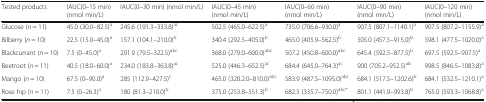
<table><thead><tr><td><b>Tested products</b></td><td><b>IAUC(0–15 min) (nmol min/L)</b></td><td><b>IAUC(0–30 min) (nmol min/L)</b></td><td><b>IAUC(0–45 min) (nmol min/L)</b></td><td><b>IAUC(0–60 min) (nmol min/L)</b></td><td><b>IAUC(0–90 min) (nmol min/L)</b></td><td><b>IAUC(0–120 min) (nmol min/L)</b></td></tr></thead><tbody><tr><td>Glucose (<i>n</i> = 11)</td><td>45.0 (30.0–82.5)<sup>a</sup></td><td>245.6 (191.3–333.8)<sup>ac</sup></td><td>502.5 (465.0–622.5)<sup>a</sup></td><td>735.0 (706.6–930.0)<sup>a</sup></td><td>907.5 (807.1–1140.1)<sup>a</sup></td><td>907.5 (807.2–1155.9)<sup>a</sup></td></tr><tr><td>Bilberry (<i>n</i> = 10)</td><td>22.5 (15.0–45.0)<sup>a</sup></td><td>157.1 (104.1–210.0)<sup>b</sup></td><td>340.4 (292.5–405.0)<sup>b</sup></td><td>465.0 (405.9–562.5)<sup>b</sup></td><td>505.0 (457.5–915.0)<sup>b</sup></td><td>598.1 (477.5–1020.0)<sup>a</sup></td></tr><tr><td>Blackcurrant (<i>n</i> = 10)</td><td>7.5 (0–45.0)<sup>a</sup></td><td>201.9 (79.5–322.5)<sup>abc</sup></td><td>368.0 (279.0–600.0)<sup>abc</sup></td><td>507.2 (450.8–600.0)<sup>abc</sup></td><td>645.4 (592.5–877.5)<sup>b</sup></td><td>697.5 (592.5–907.5)<sup>a</sup></td></tr><tr><td>Beetroot (<i>n</i> = 11)</td><td>40.5 (18.0–60.0)<sup>a</sup></td><td>234.0 (183.8–363.8)<sup>ac</sup></td><td>525.0 (446.3–652.5)<sup>ac</sup></td><td>684.4 (645.0–764.3)<sup>ac</sup></td><td>900 (705.2–952.5)<sup>ab</sup></td><td>998.5 (846.5–1083.8)<sup>a</sup></td></tr><tr><td>Mango (<i>n</i> = 10)</td><td>67.5 (0–90.0)<sup>a</sup></td><td>285 (112.9–427.5)<sup>c</sup></td><td>465.0 (320.2.0–810.0)<sup>abc</sup></td><td>583.9 (487.5–1095.0)<sup>abc</sup></td><td>684.1 (517.5–1202.6)<sup>b</sup></td><td>684.1 (532.5–1210.1)<sup>a</sup></td></tr><tr><td>Rose hip (<i>n</i> = 11)</td><td>7.5 (0–26.3)<sup>a</sup></td><td>180 (81.3–210.0)<sup>b</sup></td><td>375.0 (253.8–551.3)<sup>b</sup></td><td>682.5 (335.7–750.0)<sup>abc*</sup></td><td>801.1 (441.9–993.8)<sup>b</sup></td><td>765.0 (593.3–1068.8)<sup>a</sup></td></tr></tbody></table>